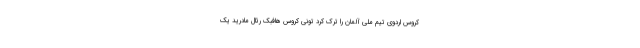
کروس اردوی تیم ملی آلمان را ترک کرد تونی کروس هافبک رئال مادرید یک